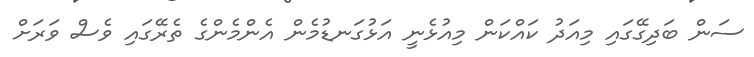
ސަން ބަދިގޭގައި މިއަދު ކައްކަން މިއުޅެނީ އަޅުގަނޑުމެން އެންމެންގެ ތެރޭގައި ވެސް ވަރަށް